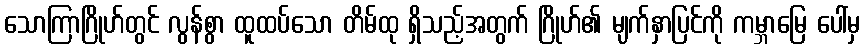
သောကြာဂြိုဟ်တွင် လွန်စွာ ထူထပ်သော တိမ်ထု ရှိသည့်အတွက် ဂြိုဟ်၏ မျက်နှာပြင်ကို ကမ္ဘာမြေ ပေါ်မှ